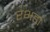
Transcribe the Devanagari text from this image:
रभडा